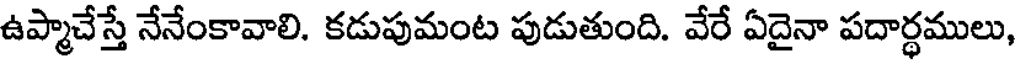
ఉప్మాచేస్తే నేనేంకావాలి. కడుపుమంట పుడుతుంది. వేరే ఏదైనా పదార్ధములు,